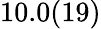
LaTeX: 10.0(19)